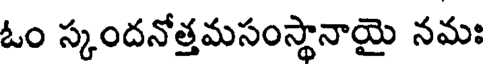
ఓం స్కందనోత్తమసంస్థానాయై నమః